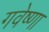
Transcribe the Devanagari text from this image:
गवेष्णा